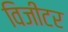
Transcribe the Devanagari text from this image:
विजीटर